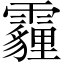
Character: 霾